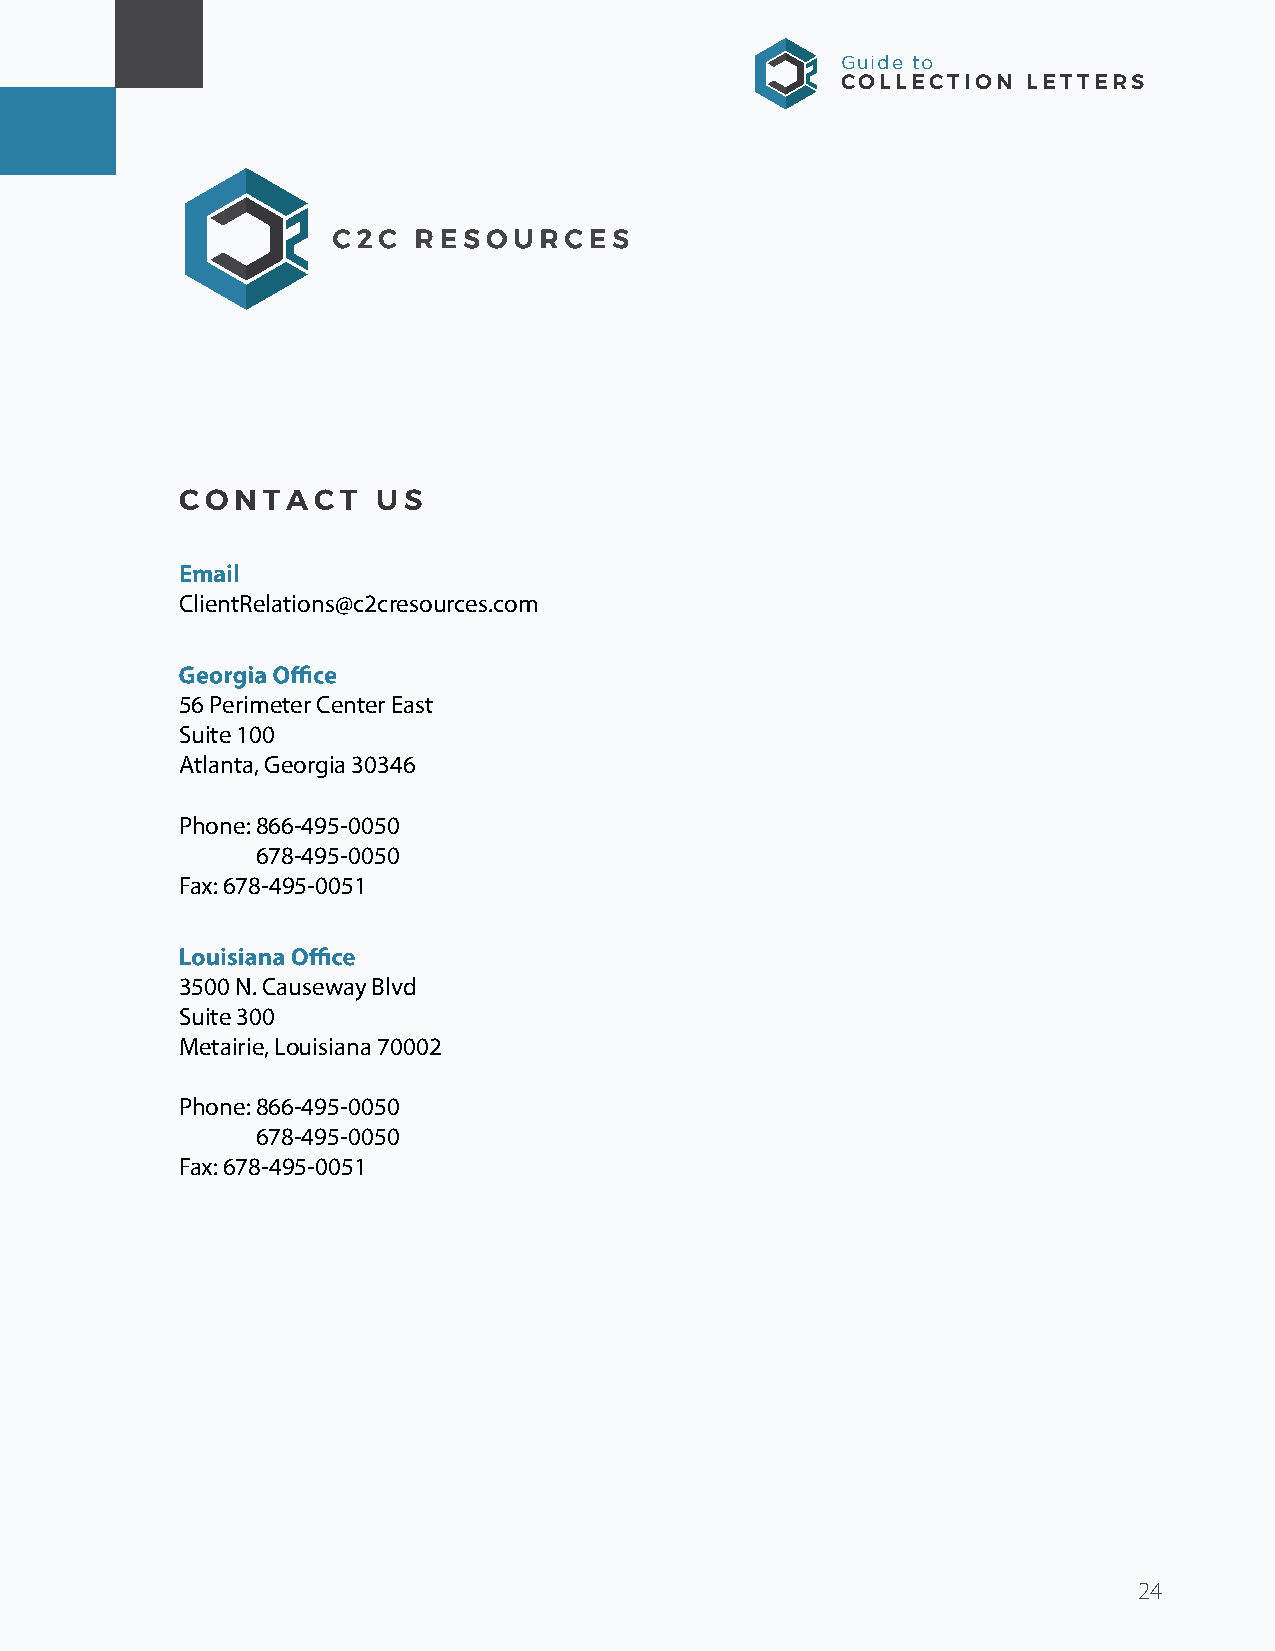
GuidGeu tidoe to Collection Letters
 COLLECTION  LETTERS
 C2C RESOURCES
 CONTACT      US
 EmCaiOl NTACT  US
 clientrelations@c2cresources.com
 Email
 ClientRelations@c2cresources.com
 Georgia O ce
 56 Perimeter Center East
 Suite 100
 Atl5an6 tPae, rGimeoertgeira C 3e0n3t4e6r East
 Suite 100
 PhoAntlea:n 8t6a6, G-4e9o5r-g0i0a5 300 346
 678-495-0050
 FaxP: h6o7n8e-4: 9 856-60-045915-0050
 678-495-0050
 Fax: 678-495-0051
 Kansas O ce
 6520 W 110th Street
 Suite 201A
 3500 N. Causeway Blvd
 Overland Park, Kansas 66211
 Suite 300
 Metairie, Louisiana 70002
 Phone: 866-341-6316
 Fax: 678-495-0050
 Phone: 866-495-0050
 678-495-0050
 Fax: 678-495-0051
 Louisiana O ce
 3300 West Esplanade Avenue
 Suite 605
 Metairie, Louisiana 70002
 Phone: 866-495-0050
 678-495-0050
 Fax: 678-495-0051
 2346